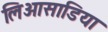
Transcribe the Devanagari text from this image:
लिओसाडिया